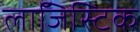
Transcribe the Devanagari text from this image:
लाॅजिस्टिक